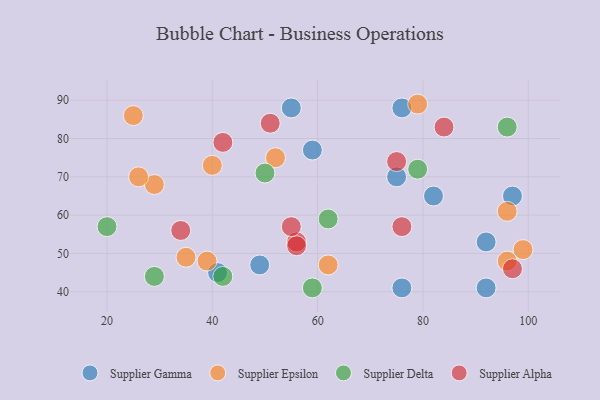
{"axis": {"x": "GDP", "y": "Life Expectancy"}, "legend": ["Supplier Alpha", "Supplier Delta", "Supplier Epsilon", "Supplier Gamma"], "data": [{"x": "49", "y": 47, "type": "Supplier Gamma"}, {"x": "41", "y": 45, "type": "Supplier Gamma"}, {"x": "97", "y": 65, "type": "Supplier Gamma"}, {"x": "92", "y": 41, "type": "Supplier Gamma"}, {"x": "55", "y": 88, "type": "Supplier Gamma"}, {"x": "82", "y": 65, "type": "Supplier Gamma"}, {"x": "75", "y": 70, "type": "Supplier Gamma"}, {"x": "92", "y": 53, "type": "Supplier Gamma"}, {"x": "76", "y": 88, "type": "Supplier Gamma"}, {"x": "59", "y": 77, "type": "Supplier Gamma"}, {"x": "76", "y": 41, "type": "Supplier Gamma"}, {"x": "62", "y": 47, "type": "Supplier Epsilon"}, {"x": "25", "y": 86, "type": "Supplier Epsilon"}, {"x": "35", "y": 49, "type": "Supplier Epsilon"}, {"x": "79", "y": 89, "type": "Supplier Epsilon"}, {"x": "39", "y": 48, "type": "Supplier Epsilon"}, {"x": "52", "y": 75, "type": "Supplier Epsilon"}, {"x": "40", "y": 73, "type": "Supplier Epsilon"}, {"x": "29", "y": 68, "type": "Supplier Epsilon"}, {"x": "96", "y": 61, "type": "Supplier Epsilon"}, {"x": "99", "y": 51, "type": "Supplier Epsilon"}, {"x": "96", "y": 48, "type": "Supplier Epsilon"}, {"x": "26", "y": 70, "type": "Supplier Epsilon"}, {"x": "29", "y": 44, "type": "Supplier Delta"}, {"x": "62", "y": 59, "type": "Supplier Delta"}, {"x": "79", "y": 72, "type": "Supplier Delta"}, {"x": "20", "y": 57, "type": "Supplier Delta"}, {"x": "96", "y": 83, "type": "Supplier Delta"}, {"x": "50", "y": 71, "type": "Supplier Delta"}, {"x": "59", "y": 41, "type": "Supplier Delta"}, {"x": "42", "y": 44, "type": "Supplier Delta"}, {"x": "84", "y": 83, "type": "Supplier Alpha"}, {"x": "42", "y": 79, "type": "Supplier Alpha"}, {"x": "51", "y": 84, "type": "Supplier Alpha"}, {"x": "56", "y": 53, "type": "Supplier Alpha"}, {"x": "56", "y": 52, "type": "Supplier Alpha"}, {"x": "75", "y": 74, "type": "Supplier Alpha"}, {"x": "55", "y": 57, "type": "Supplier Alpha"}, {"x": "76", "y": 57, "type": "Supplier Alpha"}, {"x": "97", "y": 46, "type": "Supplier Alpha"}, {"x": "34", "y": 56, "type": "Supplier Alpha"}]}